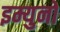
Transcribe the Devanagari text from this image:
इम्युनो